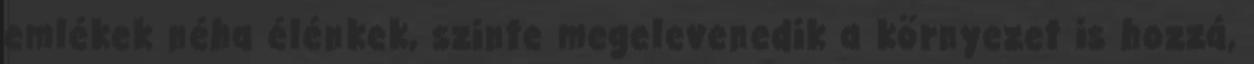
emlékek néha élénkek, szinte megelevenedik a környezet is hozzá,